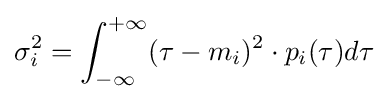
\sigma _{i}^{2}=\int _{-\infty }^{+\infty }(\tau -m_{i})^{2}\cdot p_{i}(\tau )d\tau